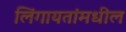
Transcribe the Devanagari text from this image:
लिंगायतांमधील